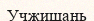
Учжишань